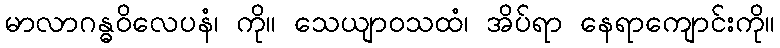
မာလာဂန္ဓဝိလေပနံ၊ ကို။ သေယျာဝသထံ၊ အိပ်ရာ နေရာကျောင်းကို။